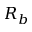
R _ { b }